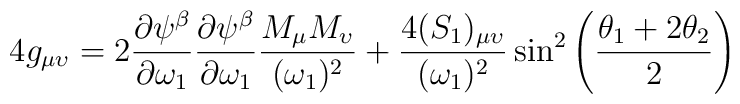
4g_{\mu \upsilon} = 2{\partial \psi ^\beta \over \partial \omega_1}{\partial \psi ^\beta \over \partial \omega_1}{M_\mu M_\upsilon\over (\omega_1)^2} + {4(S_1)_{\mu \upsilon}\over (\omega_1)^2}\sin^2 \left({\theta_1 + 2\theta_2 \over 2}\right)